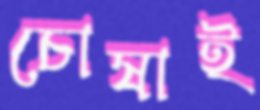
চোষাই